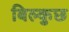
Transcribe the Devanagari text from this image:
बिल्कुछ